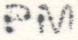
PM